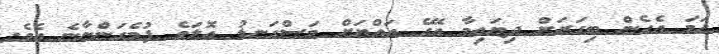
ހަމަ އެހެން ބިގަރަށް ދިޔައިމާ އޭގެ އައްޔަށް މަސްގަނޑު އޮލަވެ ފުމެގަންނާނެ އެވެ.